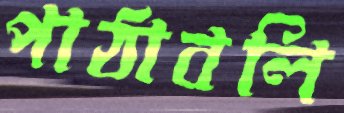
পাঠাবলি